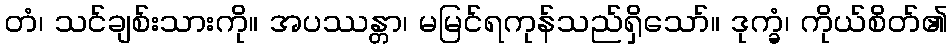
တံ၊ သင်ချစ်းသားကို။ အပဿန္တာ၊ မမြင်ရကုန်သည်ရှိသော်။ ဒုက္ခံ၊ ကိုယ်စိတ်၏